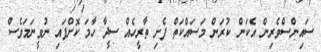
ސައިންސްވެރިން އެކަން ކުރަން މަސައްކަތް ފެށި ތާރީހެއް ސީދާ ހާމަ ކޮށްފައި ނުވީނަމަވެސް